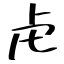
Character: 虍